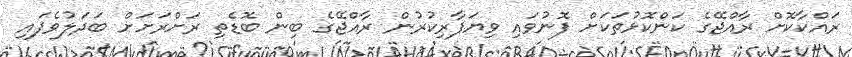
ރައްކާކޮށް ރާއްޖޭގެ ކަންކޮޅުތަކަށް ފޮނުވައި ވިޔަފާރިކުރުން ރާއްޖޭގެ ބިން ބޮޑެތި ރަށްރަށަށް ބަދަލުވެފައި